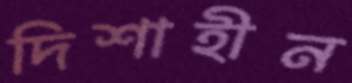
দিশাহীন